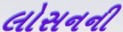
લોસનની